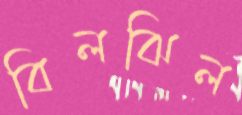
বিলঝিল